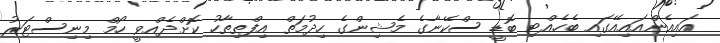
އައިއެންއައިއޭގައި ބެހެއްޓި ބޮޑީ ސްކޭނާގެ މެޝިންގެ ހިދުމަތް އިފްތިތާހު ކޮށްދެއްވީ ހޯމް މިނިސްޓަރު